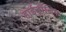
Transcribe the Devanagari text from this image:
हाईड्रॉलिक